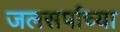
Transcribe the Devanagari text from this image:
जलसर्पाच्या